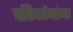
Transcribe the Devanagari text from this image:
परिवर्तनांना